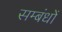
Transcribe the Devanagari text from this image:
सम्बंधोंं